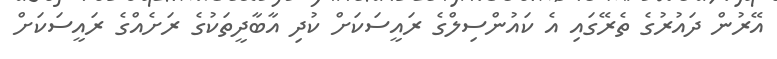
އޭރުން ދައުރުގެ ތެރޭގައި އެ ކައުންސިލްގެ ރައީސަކަށް ކުދި އާބާދީތަކުގެ ރަށެއްގެ ރައީސަކަށް